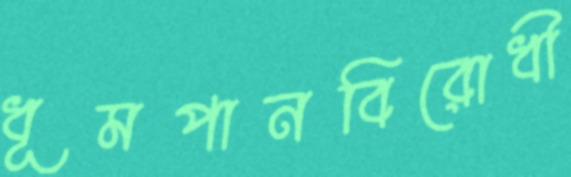
ধূমপানবিরোধী